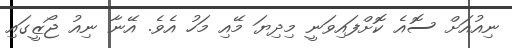
ނިއުއަށް ސޮއެ ކޮށްފައިވަނީ މިދިޔަ މޭއި މަހު އެވެ. އޭނާ ނިއު ޖޯޒީގައި